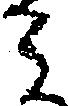
ミ